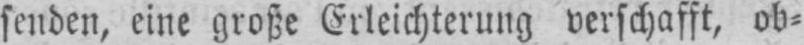
senden, eine große Erleichterung verschafft, ob⸗